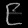
Digit: ၉